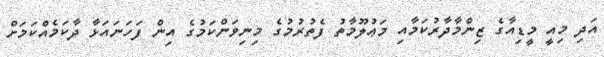
އަދި މިއީ މީޑިއާގެ ޒިންމާދާރުކަމާއި މަޢުލޫމާތު ފެތުރުމުގެ މިނިވަންކަމުގެ އިން ފަހަނައަޅާ ދާކަމެއްކަމަށް